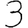
Digit: 3